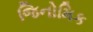
જિનોમિક